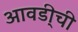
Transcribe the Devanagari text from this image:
आवडी्ची